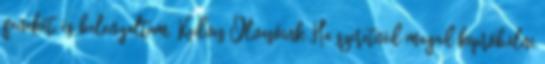
fenekét, és belenyaltam. Kedves Olvasóink Ha szeretnéd magad kipróbálni